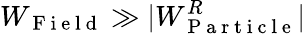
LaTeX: W_{\mathrm{~F~i~e~l~d~}}\gg|W_{\mathrm{~P~a~r~t~i~c~l~e~}}^{R}|